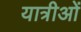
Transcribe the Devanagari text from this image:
यात्रीओं